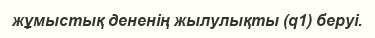
жұмыстық дененің жылулықты (q1) беруі.